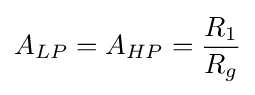
A_{LP}=A_{HP}={\frac {R_{1}}{R_{g}}}